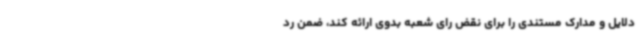
دلایل و مدارک مستندی را برای نقض رای شعبه بدوی ارائه کند، ضمن رد